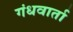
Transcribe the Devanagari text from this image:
गंधवार्ता